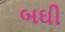
બઘી